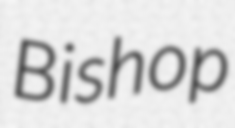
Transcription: Bishop